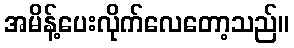
အမိန့်ပေးလိုက်လေတော့သည်။